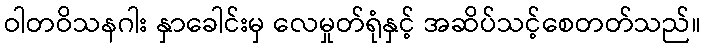
ဝါတဝိသနဂါး နှာခေါင်းမှ လေမှုတ်ရုံနှင့် အဆိပ်သင့်စေတတ်သည်။